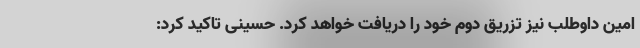
امین داوطلب نیز تزریق دوم خود را دریافت خواهد کرد. حسینی تاکید کرد: